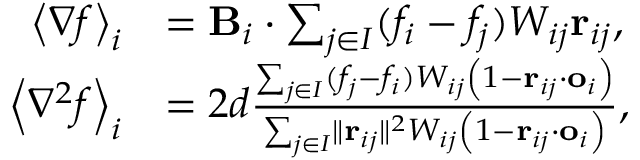
\begin{array} { r l } { \left< \nabla f \right> _ { i } } & { = \mathbf { B } _ { i } \cdot \sum _ { j \in I } ( f _ { i } - f _ { j } ) W _ { i j } \mathbf { r } _ { i j } , } \\ { \left< \nabla ^ { 2 } f \right> _ { i } } & { = 2 d \frac { \sum _ { j \in I } ( f _ { j } - f _ { i } ) W _ { i j } \left( 1 - \mathbf { r } _ { i j } \cdot \mathbf { o } _ { i } \right) } { \sum _ { j \in I } \lVert \mathbf { r } _ { i j } \rVert ^ { 2 } W _ { i j } \left( 1 - \mathbf { r } _ { i j } \cdot \mathbf { o } _ { i } \right) } , } \end{array}